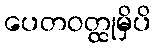
ပေတဝတ္ထုမှိပိ